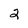
Character: 2